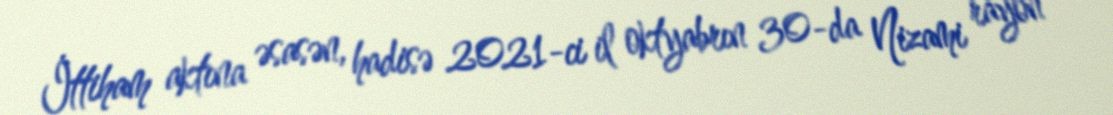
İttiham aktına əsasən, hadisə 2021-ci il oktyabrın 30-da Nizami rayon